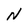
Character: N